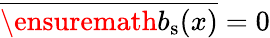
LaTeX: \overline{{\ensuremath{b_{\mathrm{s}}}(x)}}=0